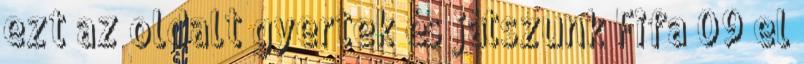
ezt az oldalt gyertek és játszunk Fifa 09 el